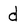
Character: d